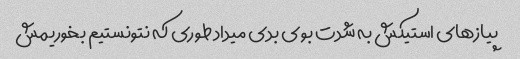
پیازهای استیکش به شدت بوی بدی میداد طوری که نتونستیم بخوریمش